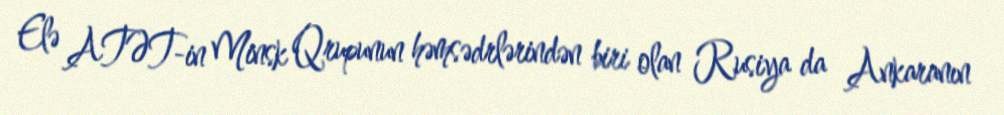
Elə ATƏT-in Minsk Qrupunun həmsədrlərindən biri olan Rusiya da Ankaranın